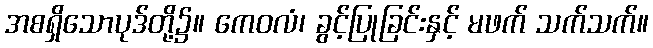
အစရှိသောပုဒ်တို့၌။ ကေဝလံ၊ ခွင့်ပြုခြင်းနှင့် မဖက် သက်သက်။